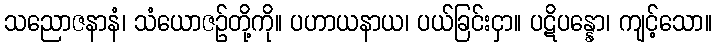
သညောဇနာနံ၊ သံယောဇဉ်တို့ကို။ ပဟာယနာယ၊ ပယ်ခြင်းငှာ။ ပဋိပန္နော၊ ကျင့်သော။